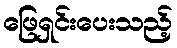
ဖြေရှင်းပေးသည့်